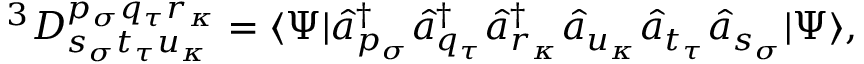
^ 3 D _ { s _ { \sigma } t _ { \tau } u _ { \kappa } } ^ { p _ { \sigma } q _ { \tau } r _ { \kappa } } = \langle \Psi | \hat { a } _ { p _ { \sigma } } ^ { \dagger } \hat { a } _ { q _ { \tau } } ^ { \dagger } \hat { a } _ { r _ { \kappa } } ^ { \dagger } \hat { a } _ { u _ { \kappa } } \hat { a } _ { t _ { \tau } } \hat { a } _ { s _ { \sigma } } | \Psi \rangle ,